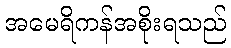
အမေရိကန်အစိုးရသည်